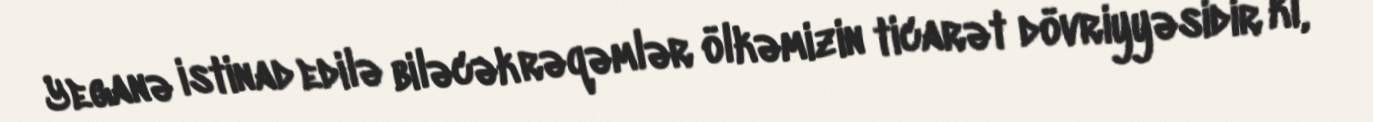
Yeganə istinad edilə biləcək rəqəmlər ölkəmizin ticarət dövriyyəsidir ki,